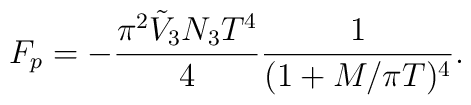
F_p=-\frac{\pi^2 \tilde{V}_3N_3T^4}{4} \frac{1}{(1 + M/\pi T)^4}.